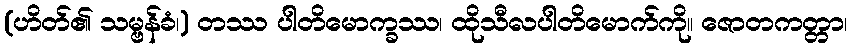
(ဟိတ်၏ သမ္ဗန်ခံ၊) တဿ ပါတိမောက္ခဿ၊ ထိုသီလပါတိမောက်ကို။ ဇောတကတ္တာ၊